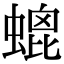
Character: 螕